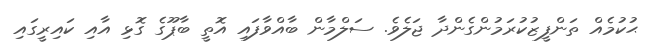
ޙުކުމެއް ތަންފީޒުކުރަމުންގެންދާ ޖަލެވެ. ސަލްމާން ބާއްވާފައި އޮތީ ބާޕޫގެ ގޮޅި އާއި ކައިރީގައި